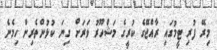
މިރޭ ފުރި ޓީމުގައި ރާއްޖޭގެ ކުރީގެ މަޝްހޫރު ވަރަށް ގިނަ ކުޅުންތެރިން ހިމެނެ